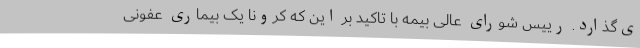
ی‌گذارد. رییس شورای عالی بیمه با تاکید بر این که کرونا یک بیماری عفونی